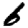
Digit: 6